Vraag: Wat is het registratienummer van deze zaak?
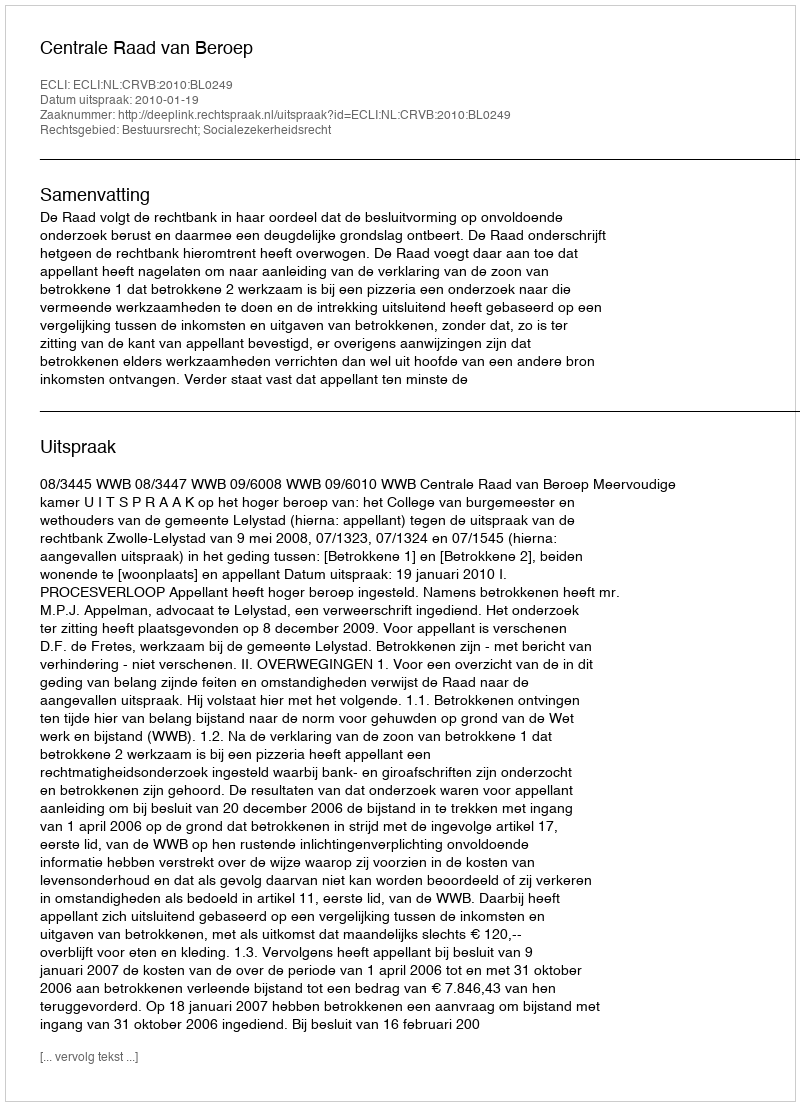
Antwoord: http://deeplink.rechtspraak.nl/uitspraak?id=ECLI:NL:CRVB:2010:BL0249